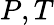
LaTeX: P,T